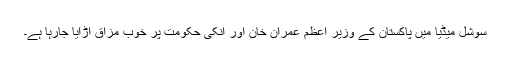
سوشل میڈیا میں پاکستان کے وزیرِ اعظم عمران خان اور انکی حکومت پر خوب مزاق اڑایا جارہا ہے۔